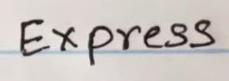
Express